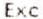
EXC